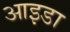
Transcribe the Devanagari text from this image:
आइडा